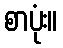
စာပုံး။